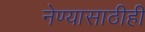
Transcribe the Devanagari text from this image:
नेण्यासाठीही